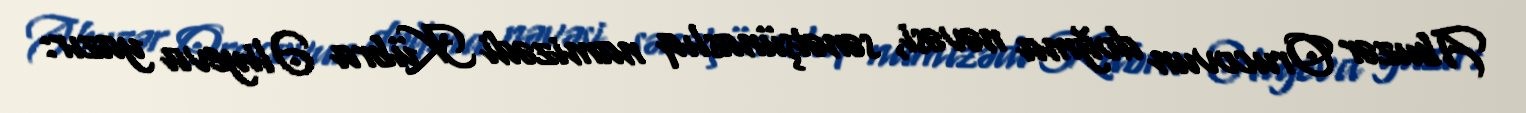
Abuzər Orucovun doğma nəvəsi, sənətşünaslıq namizədi Kübra Əliyeva yazır: